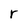
Character: r